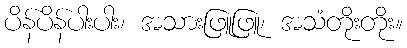
ပိန်ပိန်ပါးပါး၊ အသားဖြူဖြူ၊ အသံတိုးတိုး။